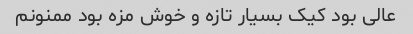
عالی بود کیک بسیار تازه و خوش مزه بود ممنونم